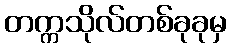
တက္ကသိုလ်တစ်ခုခုမှ